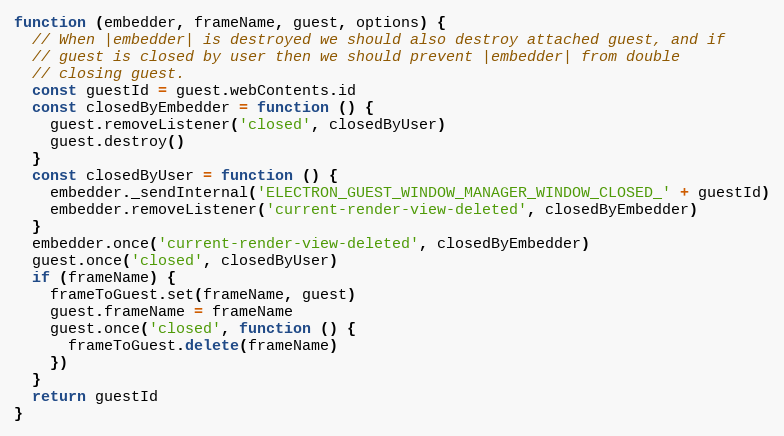
Language: JavaScript
function (embedder, frameName, guest, options) {
  // When |embedder| is destroyed we should also destroy attached guest, and if
  // guest is closed by user then we should prevent |embedder| from double
  // closing guest.
  const guestId = guest.webContents.id
  const closedByEmbedder = function () {
    guest.removeListener('closed', closedByUser)
    guest.destroy()
  }
  const closedByUser = function () {
    embedder._sendInternal('ELECTRON_GUEST_WINDOW_MANAGER_WINDOW_CLOSED_' + guestId)
    embedder.removeListener('current-render-view-deleted', closedByEmbedder)
  }
  embedder.once('current-render-view-deleted', closedByEmbedder)
  guest.once('closed', closedByUser)
  if (frameName) {
    frameToGuest.set(frameName, guest)
    guest.frameName = frameName
    guest.once('closed', function () {
      frameToGuest.delete(frameName)
    })
  }
  return guestId
}